Report on vaccination in Madras 1922-1929 - 1922-1929
Year: 1922
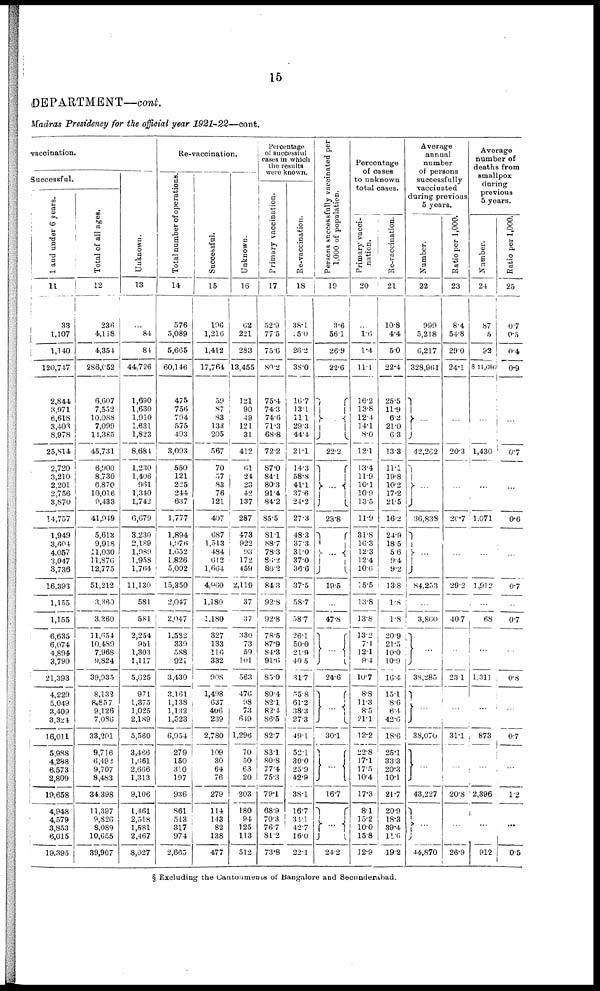
15
DEPARTMENT—cont.
Madras Presidency for the official year
1921-22—cont.
vaccination.
Successful.
1 and under 6 years.
11
33
1,107
1,140
120,747
2,844
3,971
6,618
3,403
8,978
25,814
2,720
3,210
2,201
2,756
3,870
14,757
1,949
3,604
4,057
3,047
3,736
16,393
1,155
1,155
6,635
6,074
4,894
3,790
21,393
4,229
5,049
3,409
3,324
16,011
5,988
4,288
6,573
2,809
19,658
4,948
4,579
3,853
6,015
19,395
Total of all ages.
12
236
4,118
4,354
286,052
6,607
7,552
10,088
7,099
11,385
45,731
6,900
8,730
6,870
10,016
9,433
41,949
5,613
9,918
11,030
11,876
12,775
51,212
3,360
3,360
11,654
10,489
7,968
9,824
39,935
8,132
8,857
9,126
7,086
33,201
9,716
6,492
9,707
8,483
34,398
11,397
9,826
8,089
10,655
39,967
Unknown.
13
...
84
84
44,726
1,690
1,630
1,910
1,631
1,823
8,684
1,230
1,406
961
1,340
1,742
6,679
3,230
2,189
1,989
1,958
1,764
11,130
581
581
2,254
951
1,303
1,117
5,625
971
1,375
1,025
2,189
5,560
3,466
1,661
2,666
1,313
9,100
1,461
2,518
1,581
2,467
8,027
Re-vaccination.
Total number of operations.
14
576
5,089
5,665
60,146
475
756
794
575
493
3,093
550
121
225
244
637
1,777
1,894
4,976
1,652
1,826
5,002
15,350
2,047
2,047
1,582
339
588
921
3,430
3,161
1,138
1,132
1,523
6,954
279
150
310
197
936
861
513
317
974
2,665
Successful.
l5
196
1,216
1,412
17,764
59
87
83
133
205
567
70
57
83
76
121
407
687
1,513
484
612
1,664
4,960
1,180
1,180
327
133
116
332
908
1,498
637
406
239
2,780
109
30
64
76
279
114
143
82
138
477
Unknown.
16
62
221
283
13,455
121
90
49
121
31
412
61
24
23
42
137
287
473
922
93
172
459
2,119
37
37
330
73
59
101
563
476
98
73
649
1,296
70
50
63
20
203
180
94
125
113
512
Percentage
of successful
cases in which
the results
were known.
Primary vaccination.
17
52.9
77.5
75.6
80·2
75.4
74.3
74.6
71.3
68.8
72.2
87.0
84.1
80.3
91.4
84.2
85.5
81.1
88.7
78.3
86·2
86.2
84.3
92.8
92.8
78.5
87.9
84.3
91.6
85.0
80.4
82.1
82.1.
86.5
82.7
83.1
80.8
77.4
75.3
79.1
68.9
70.3
76.7
81.2
73.8
Re-vaccination.
18
38.1
35.0
26.2
38.0
16.7
13.1
11.1
29.3
44.4
21.1
14.3
58.8
41.1
37.6
24.2
27.3
48.3
37.3
31.0
37.0
36.6
37.5
58.7
58.7
26.1
50.0
21.9
40.5
31.7
55.8
61.2
38.3
27.3
49.1
52.1
30.0
25.9
42.9
38.1
16.7
34.1
42.7
16.0
22.1
Persons successfully vaccinated per
1,000 of population.
19
3.6
56.1
26.9
22.6
...
22.2
...
23.8
...
19.5
...
47.8
...
24.6
...
30.1
...
16.7
...
24.2
Percentage
of cases
to unknown
total cases.
Primary vacci.
nation.
20
...
1·6
1.4
11.1
16.2
13.8
12.4
14.1
8.0
12.1
13.4
11.9
10.1
10·0
13.5
11.9
31.8
16.3
12.3
12.4
10.6
15·5
13.8
13.8
13.2
7·4
12.1
9.4
10.7
8.8
11.3
8.5
21.1
12.2
22.8
17.1
17.5
10.4
17.3
8.1
15.2
10.0
15.8
12.9
Re-vaccination.
21
10.8
4.4
5.0
22.4
25.5
11.9
6.2
21.0
6.3
13.3
11·1
19.8
10.2
17.2
21.5
16.2
24.9
185
5.6
9.4
9.2
13.8
1.8
1.8
20.9
21.5
10.0
10.9
16.4
15.1
8.6
6.4
42.6
18.6
25.1
33.3
20.3
10.1
21.7
20.9
18.3
39·4
11.6
19.2
Average
annual
number
of persons
successfully
vaccinated
during previous
5 years.
Number.
22
999
5,218
6,217
328,961
...
42,262
...
36,838
...
84,253
...
3,860
...
38,285
...
38,070
...
43,227
...
44,870
Ratio per 1,000.
23
8.4
54.8
29.0
24.1
...
20.3
...
20.7
...
29.2
...
40.7
...
23.1
...
31.1
...
20.8
...
26·9
Average
number of
deaths from
smallpox
during
previous
5 years.
Number.
24
87
5
92
811,686
...
1,430
...
1.071
...
1,912
...
68
...
1,311
...
873
...
2,396
...
912
Ratio per 1,000.
25
0.7
0.5
0.4
0.9
...
0.7
...
0.6
...
0.7
...
0.7
...
0.8
...
0.7
...
1.2
...
0.5
§ Excluding the Cantonments of Bangalore and Secunderabad.